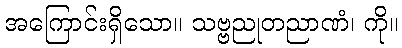
အကြောင်းရှိသော။ သဗ္ဗညုတညာဏံ၊ ကို။